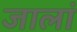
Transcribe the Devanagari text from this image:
जालां